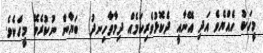
މީހަކު ހެއްޔެވެ އަދި އޭނާއީ ދެކޮޅުވެރިކަމެއް ދިމާވާހިނދު  ބަޔާން ނުކުރެވޭ މީހެކެވެ.